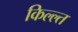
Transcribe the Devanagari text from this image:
किल्ल्त